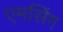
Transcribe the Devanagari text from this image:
एमसिंग